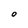
Character: 0